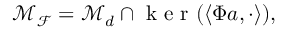
\mathcal { M } _ { \mathcal { F } } = \mathcal { M } _ { d } \cap \mathrm { ~ k ~ e ~ r ~ } ( \left< \Phi \boldsymbol { a } , \cdot \right> ) ,